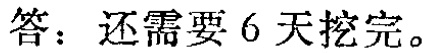
答：还需要 6 天挖完。